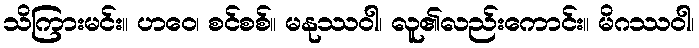
သိကြားမင်း။ ဟဝေ၊ စင်စစ်။ မနုဿဝါ၊ လူ၏လည်းကောင်း။ မိဂဿဝါ၊